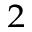
^ 2